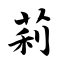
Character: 莉